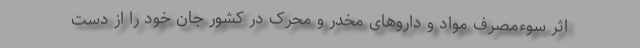
اثر سوءمصرف مواد و داروهای مخدر و محرک در کشور جان خود را از دست